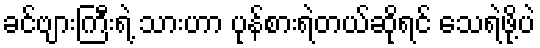
ခင်ဗျားကြီးရဲ့ သားဟာ ပုန်စားရဲတယ်ဆိုရင် သေရဲဖို့ပဲ